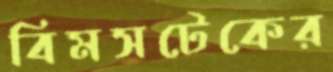
বিমসটেকের